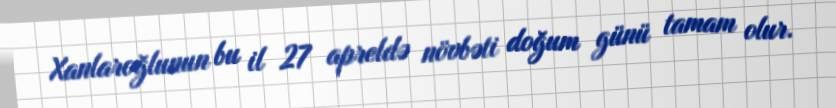
Xanlaroğlunun bu il 27 apreldə növbəti doğum günü tamam olur.